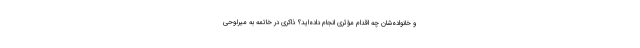
و خانواده‌شان چه اقدام مؤثری انجام داده‌اید؟ ذاکری در خاتمه به میرلوحی